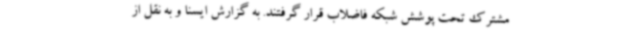
مشترک تحت پوشش شبکه فاضلاب قرار گرفتند. به گزارش ایسنا و به نقل از